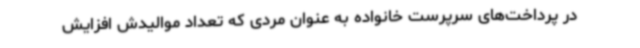
در پرداخت‌های سرپرست خانواده به عنوان مردی که تعداد موالیدش افزایش